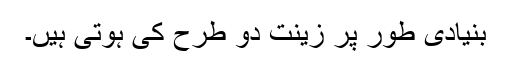
بنیادی طور پر زینت دو طرح کی ہوتی ہیں۔